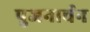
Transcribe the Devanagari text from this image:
पुजनार्चन